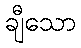
ချီသော